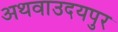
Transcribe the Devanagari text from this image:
अथवाउदयपुर